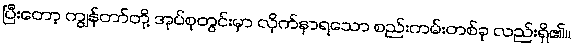
ပြီးတော့ ကျွန်တာ်တို့ အုပ်စုတွင်းမှာ လိုက်နာရသော စည်းကမ်းတစ်ခု လည်းရှိ၏။